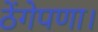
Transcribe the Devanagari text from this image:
ठेंगेपणा।